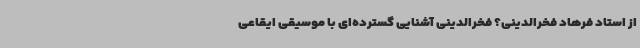
از استاد فرهاد فخرالدینی؟ فخرالدینی آشنایی گسترده‌ای با موسیقی ایقاعی